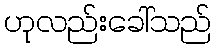
ဟုလည်းခေါ်သည်